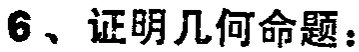
6、证明几何命题：